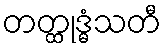
တတ္ထုဒ္ဓံသတီ